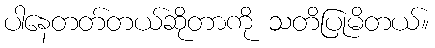
ပါနေတတ်တယ်ဆိုတာကို သတိပြုမိတယ်။